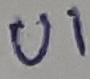
Text: U1